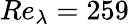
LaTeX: Re_{\lambda}=259